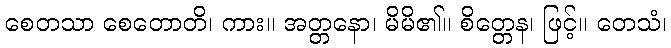
စေတသာ စေတောတိ၊ ကား။ အတ္တနော၊ မိမိ၏။ စိတ္တေန၊ ဖြင့်။ တေသံ၊